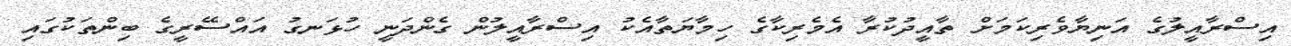
އިސްރާއީލުގެ އަނިޔާވެރިކަމަށް ތާއީދުކުރާ އެމެރިކާގެ ހިމާޔަތާއެކު އިސްރާއީލުން ގެންދަނީ ހުޅަނގު އައްސޭރީގެ ބިންތަކުގައި